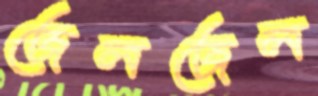
জেলজেল